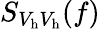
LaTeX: S_{V_{\mathrm{h}}V_{\mathrm{h}}}(f)